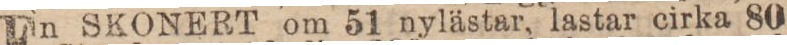
En SKONERT om 51 nylästar, lastar cirka 80